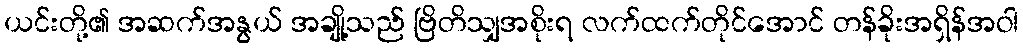
ယင်းတို့၏ အဆက်အနွယ် အချို့သည် ဗြိတိသျှအစိုးရ လက်ထက်တိုင်အောင် တန်ခိုးအရှိန်အဝါ